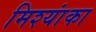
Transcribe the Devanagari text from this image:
मिश्यांका